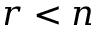
r < n